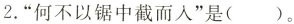
2.”何不以锯中截而人”是( )。